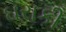
ઘરાકી